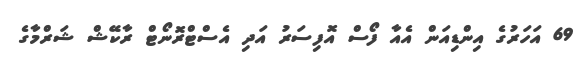
69 އަހަރުގެ އިންޑިއަން އެއާ ފޯސް އޮފިސަރު އަދި އެސްޓްރޮނޯޓް ރާކޭޝް ޝަރްމާގެ